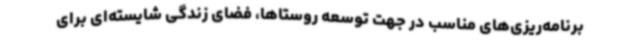
برنامه‌ریزی‌های مناسب در جهت توسعه روستاها، فضای زندگی شایسته‌ای برای